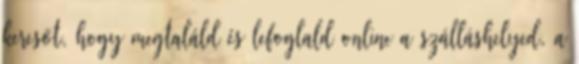
keresőt, hogy megtaláld és lefoglald online a szálláshelyed, a